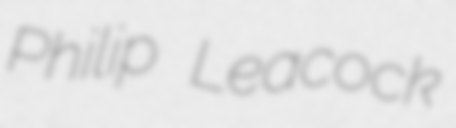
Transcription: Philip Leacock